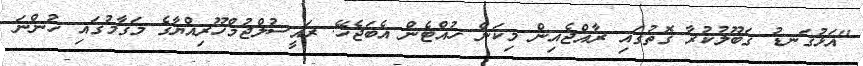
"އަޅުގަނޑު ގަބޫލުކުރާ ގޮތުގައި ރާއްޖެއިން މިކަން ހުއްޓެން އެބަޖެހޭ. ރައީސުލްޖުމްހޫރިއްޔާގެ މަގާމުގައި ހުންނަ